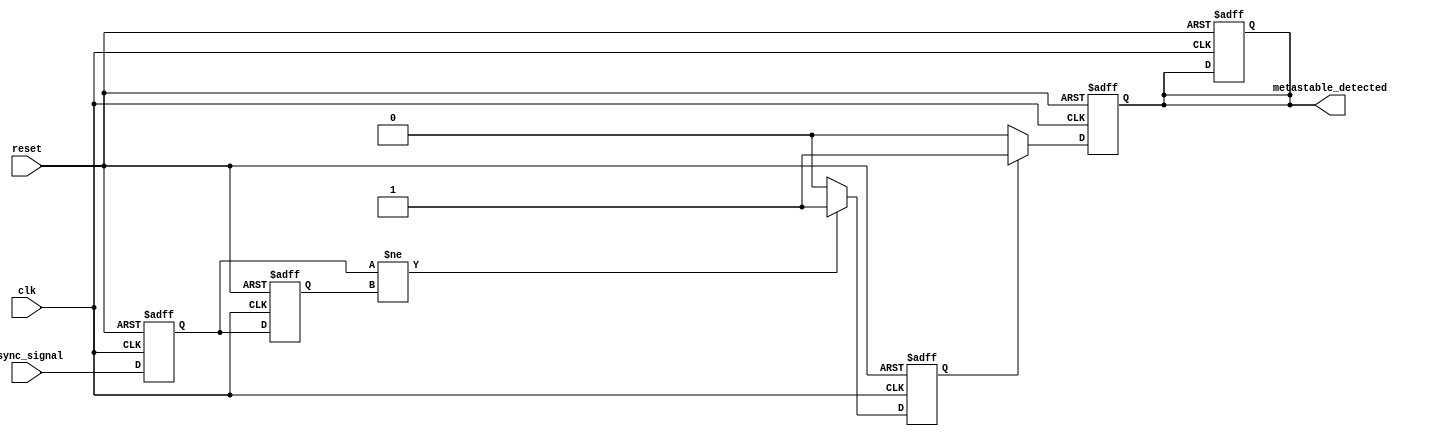
module metastability_detector (
    input wire clk,            // Clock signal
    input wire async_signal,   // Asynchronous input signal
    input wire reset,          // Reset signal
    output reg metastable_detected // Output signal indicating metastability
);

    // Internal signals for the flip-flops
    reg ff1, ff2;

    // Pulse generation signal
    reg pulse;

    // Flip-flop behavior
    always @(posedge clk or posedge reset) begin
        if (reset) begin
            ff1 <= 1'b0;
            ff2 <= 1'b0;
            metastable_detected <= 1'b0;
            pulse <= 1'b0;
        end else begin
            // Sample the asynchronous signal
            ff1 <= async_signal;
            ff2 <= ff1;

            // Generate pulse if ff1 and ff2 are different
            if (ff1 != ff2) begin
                pulse <= 1'b1; // Indicate potential metastability
            end else begin
                pulse <= 1'b0; // Clear pulse if states are the same
            end
        end
    end

    // Output detection logic
    always @(posedge clk or posedge reset) begin
        if (reset) begin
            metastable_detected <= 1'b0;
        end else begin
            if (pulse) begin
                metastable_detected <= 1'b1; // Indicate metastability detected
            end else begin
                metastable_detected <= 1'b0; // Clear detection
            end
        end
    end

endmodule